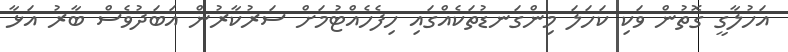
އަހުލާގީ ގޮތުން ވަކި ކަހަލަ މިންގަނޑުތަކެއްގައި ހިފެހެއްޓުމަށް ސަރުކާރުން އަބަދުވެސް ބާރު އަޅާ